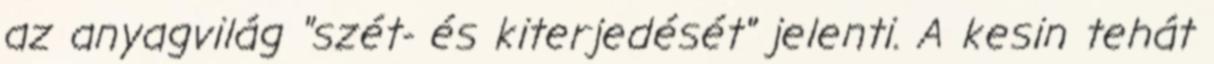
az anyagvilág "szét- és kiterjedését" jelenti. A kesin tehát